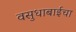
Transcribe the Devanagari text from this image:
वसुधाबाईचा